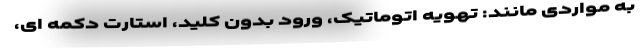
به مواردی مانند: تهویه اتوماتیک، ورود بدون کلید، استارت دکمه ای،